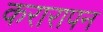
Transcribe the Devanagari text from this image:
करारापन